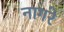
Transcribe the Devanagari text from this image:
नागरे